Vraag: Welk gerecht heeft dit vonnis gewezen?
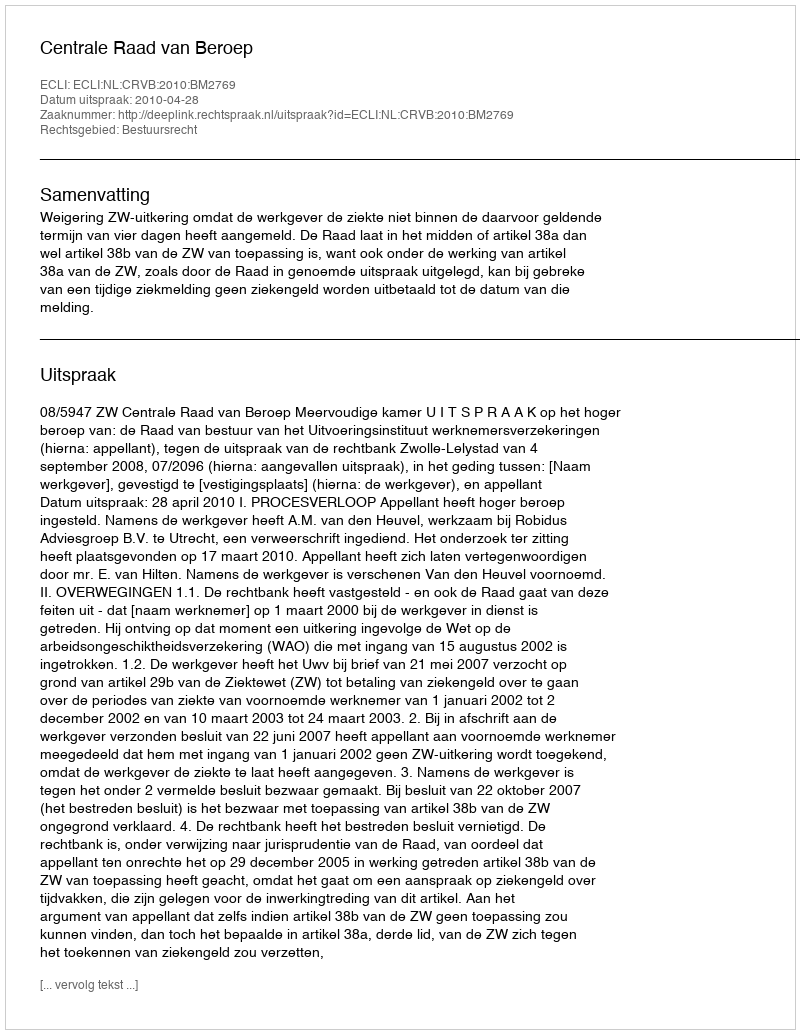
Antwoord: Centrale Raad van Beroep